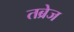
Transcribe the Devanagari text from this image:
तब्रेज